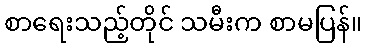
စာရေးသည့်တိုင် သမီးက စာမပြန်။